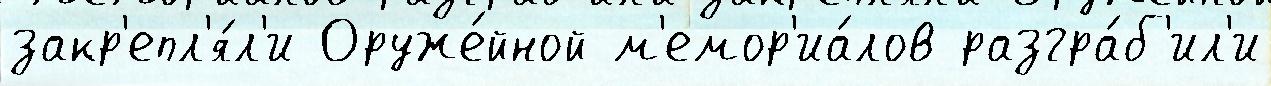
закр'епл'я́л'и Оруже́йной м'емор'иа́лов разгра́б'ил'и